Vaccination in Bombay 1863-1868 - 1863-1868
Year: 1863
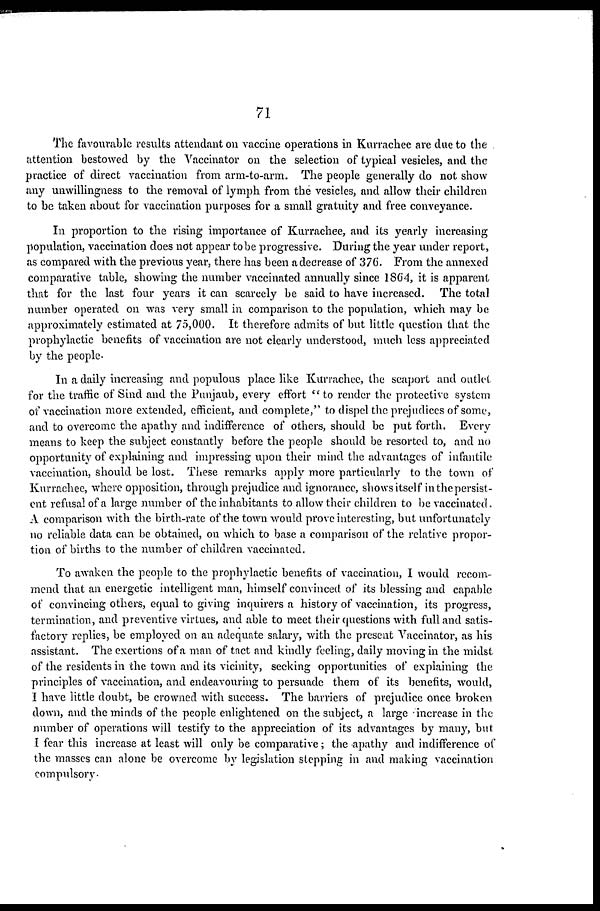
71
The favourable results attendant on vaccine operations in Kurrachee are clue to the
attention bestowed by the Vaccinator on the selection of typical vesicles, and the
practice of direct vaccination from arm-to-arm. The people generally do not show
any unwillingness to the removal of lymph from the vesicles, and allow their children
to be taken about for vaccination purposes for a small gratuity and free conveyance.
In proportion to the rising importance of Kurrachee, and its yearly increasing
population, vaccination does not appear to be progressive. During the year under report,
as compared with the previous year, there has been a decrease of 376. From the annexed
comparative table, showing the number vaccinated annually since 1864, it is apparent
that for the last four years it can scarcely be said to have increased. The total
number operated on was very small in comparison to the population, which may be
approximately estimated at 75,000. It therefore admits of but little question that the
prophylactic benefits of vaccination are not clearly understood, much less appreciated
by the people.
In a daily increasing and populous place like Kurrachee, the seaport and outlet
for the traffic of Sind and the Punjaub, every effort " to render the protective system
of vaccination more extended, efficient, and complete," to dispel the prejudices of some,
and to overcome the apathy and indifference of others, should be put forth. Every
means to keep the subject constantly before the people should be resorted to, and no
opportunity of explaining and impressing upon their mind the advantages of infantile
vaccination, should be lost. These remarks apply more particularly to the town of
Kurrachee, where opposition, through prejudice and ignorance, shows itself in the persist-
ent refusal of a large number of the inhabitants to allow their children to be vaccinated.
A comparison with the birth-rate of the town would prove interesting, but unfortunately
no reliable data can be obtained, on which to base a comparison of the relative propor-
tion of births to the number of children vaccinated.
To awaken the people to the prophylactic benefits of vaccination, I would recom-
mend that an energetic intelligent man, himself convinced of its blessing and capable
of convincing others, equal to giving inquirers a history of vaccination, its progress,
termination, and preventive virtues, and able to meet their questions with full and satis-
factory replies, be employed on an adequate salary, with the present Vaccinator, as his
assistant. The exertions of a man of tact and kindly feeling, daily moving in the midst
of the residents in the town and its vicinity, seeking opportunities of explaining the
principles of vaccination, and endeavouring to persuade them of its benefits, would,
I have little doubt, be crowned with success. The barriers of prejudice once broken
down, and the minds of the people enlightened on the subject, a large increase in the
number of operations will testify to the appreciation of its advantages by many, but.
I fear this increase at least will only be comparative; the apathy and indifference of
the masses can alone be overcome by legislation stepping in and making vaccination
compulsory.